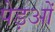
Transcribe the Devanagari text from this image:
पेड़ओं